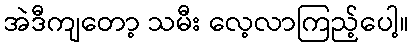
အဲဒီကျတော့ သမီး လေ့လာကြည့်ပေါ့။